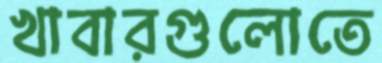
খাবারগুলোতে